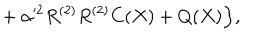
{ } + \alpha ^ { 2 } R ^ { ( 2 ) } R ^ { ( 2 ) } C ( X ) + Q ( X ) \Bigr \} ,